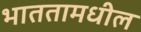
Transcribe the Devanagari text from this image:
भाततामधील